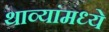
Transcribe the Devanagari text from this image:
थाव्यांमध्ये